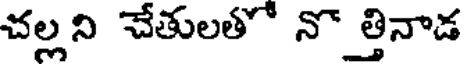
చల్లని చేతులతో నొ త్తినాడ